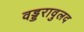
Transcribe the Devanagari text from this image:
वड्डरावुलद